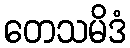
တေသမိဒံ